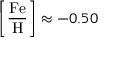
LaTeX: \left[ { \frac { \mathrm { F e } } { \mathrm { H } } } \right] \approx - 0 . 5 0